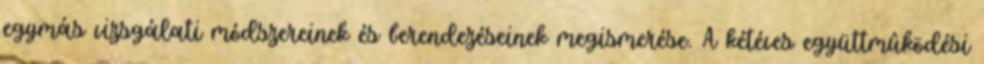
egymás vizsgálati módszereinek és berendezéseinek megismerése. A kétéves együttmûködési